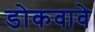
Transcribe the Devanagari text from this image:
डोकवावे